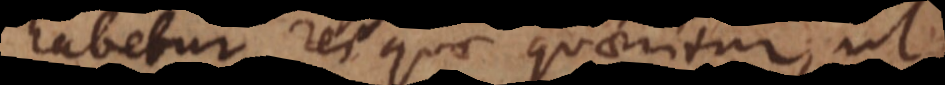
habetur rei quae quaeritur, ut